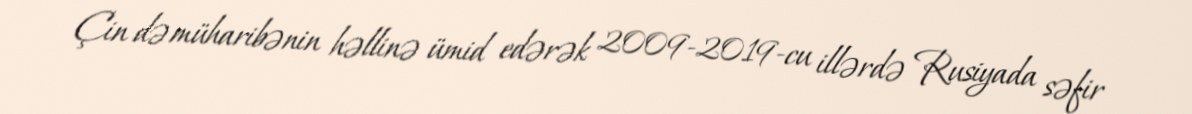
Çin də müharibənin həllinə ümid edərək 2009-2019-cu illərdə Rusiyada səfir